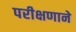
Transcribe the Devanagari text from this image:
परीक्षणाने